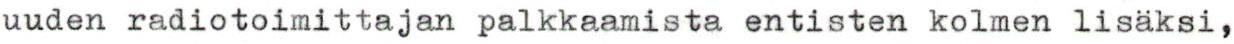
uuden radiotoimittajan palkkaamista entisten kolmen lisäksi,